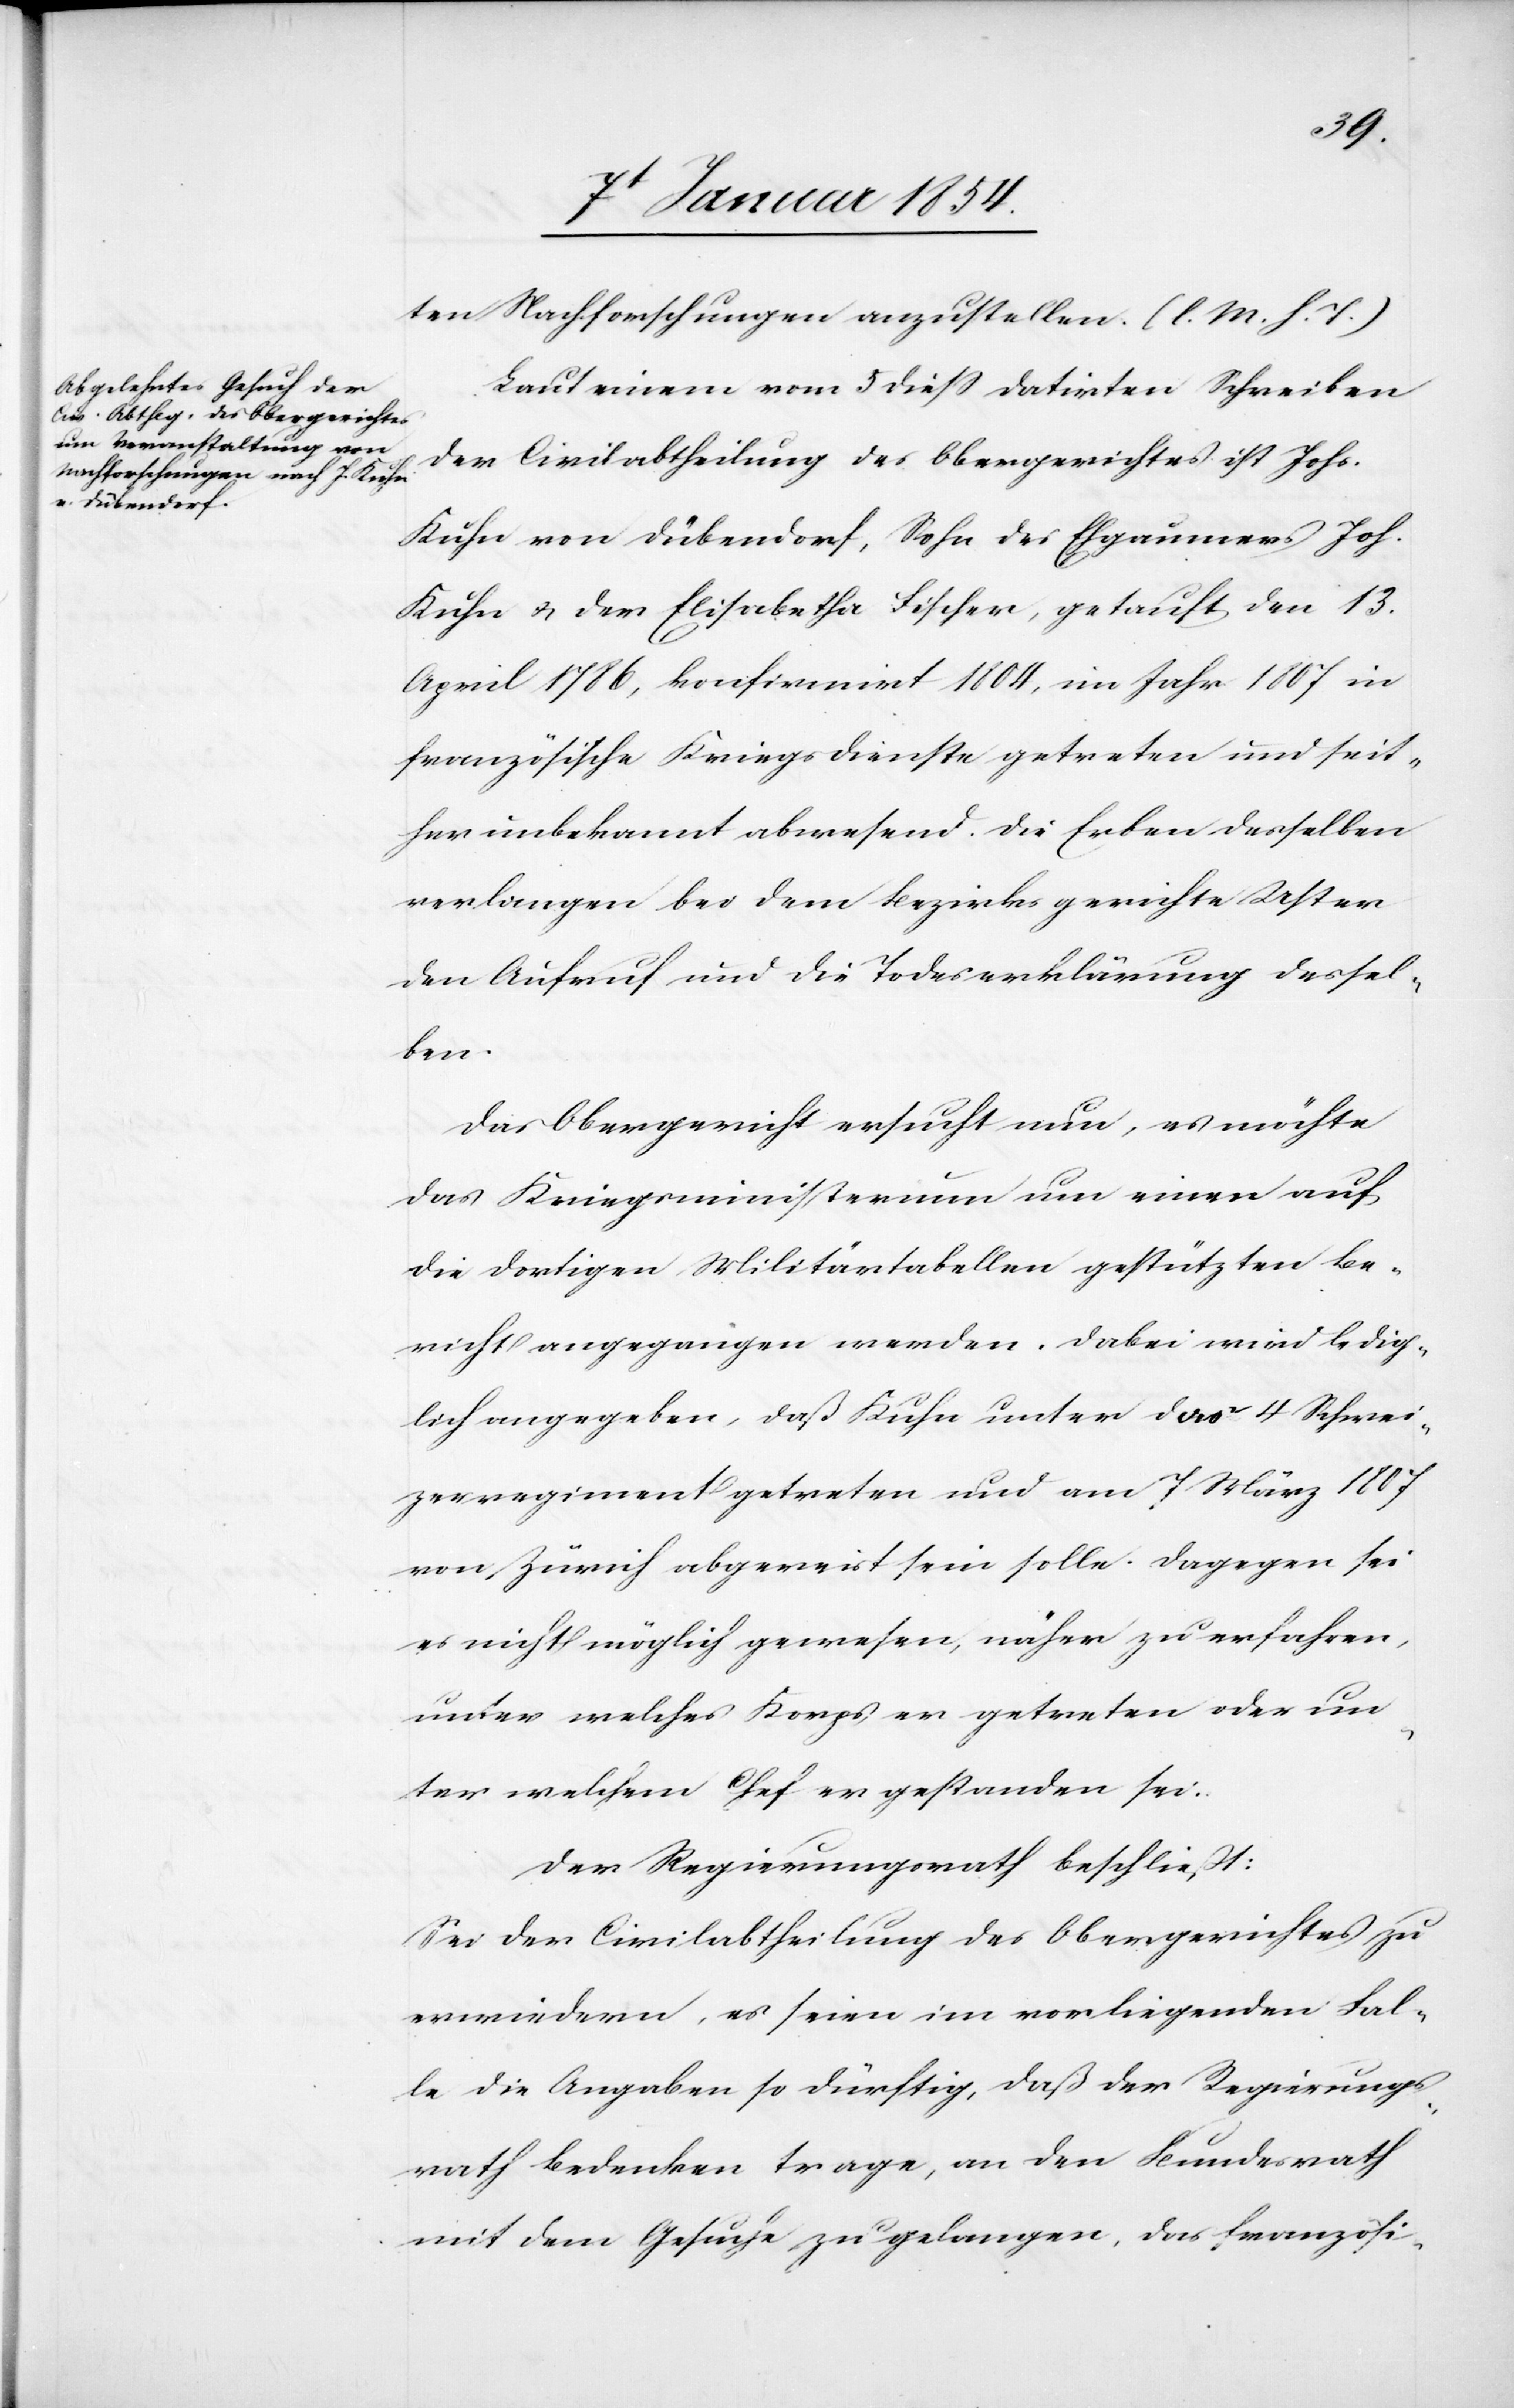
ten Nachforschungen anzustellen. (l. M. h. T.)
Laut einem vom 5 dieß datirten Schreiben
der Civilabtheilung des Obergerichtes ist Johs.
Kuhn von Dübendorf, Sohn des Ehgaumers Joh.
Kuhn u. der Elisabetha Fischer, getauft den 13.
April 1786, konfirmirt 1804, im Jahr 1807 in
französische Kriegsdienste getreten und seit¬
her unbekannt abwesend. Die Erben desselben
verlangen bei dem Bezirksgerichte Uster
den Aufruf und die Todeserklärung dessel¬
ben.
Das Obergericht ersucht nun, es möchte
das Kriegsministerium um einen auf
die dortigen Militärtabellen gestützten Be¬
richt angegangen werden. Dabei wird ledig¬
lich angegeben, daß Kuhn unter das 4 Schwei¬
zerregiment getreten und am 7 März 1807
von Zürich abgereist sein solle. Dagegen sei
es nicht möglich gewesen, näher zu erfahren,
unter welches Korps er getreten oder un¬
ter welchem Chef er gestanden sei.
Der Regierungsrath beschließt:
Sei der Civilabtheilung des Obergerichtes zu
erwiedern, es seien im vorliegenden Fal¬
le die Angaben so dürftig, daß der Regierungs¬
rath Bedenken trage, an den Bundesrath
mit dem Gesuche zu gelangen, das französi-